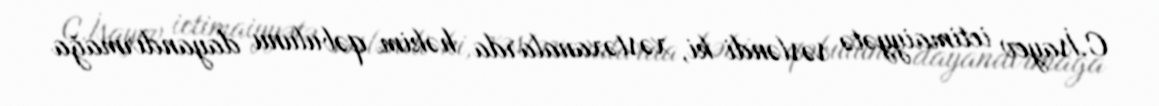
C.İsayev ictimaiyyətə səsləndi ki, xəstəxanalarda həkim qəbulunu dayandırmağa